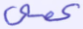
عمي